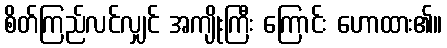
စိတ်ကြည်လင်လျှင် အကျိုးကြီး ကြောင်း ဟောထား၏။